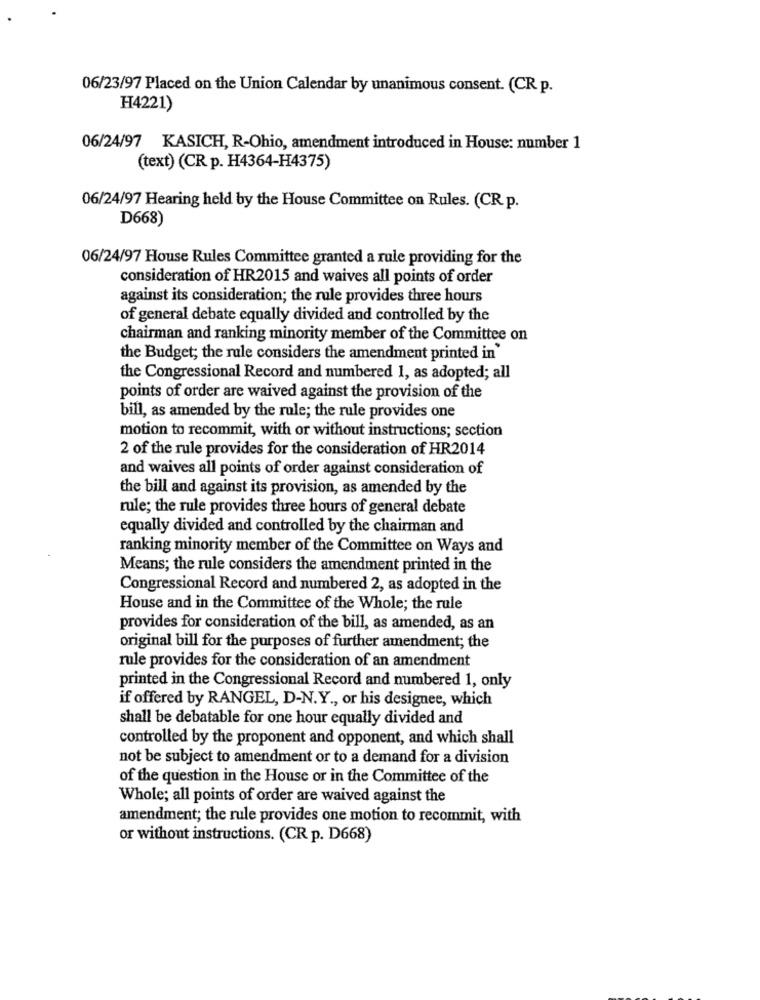
06/23/97 Placed on the Union Calendar by unanimous consent. (CR p.
H4221)
06/24/97 KASICH, R-Ohio, amendment introduced in House: number 1
(text) (CR p. H4364-H4375)
06/24/97 Hearing held by the House Committee on Rules. (CR p.
D668)
06/24/97 House Rules Committee granted a rule providing for the
consideration of HR2015 and waives all points of order
against its consideration; the rule provides three hours
of general debate equally divided and controlled by the
chairman and ranking minority member of the Committee on
the Budget; the rule considers the amendment printed in'
the Congressional Record and numbered 1, as adopted; all
points of order are waived against the provision of the
bill, as amended by the rule; the rule provides one
motion to recommit, with or without instructions; section
2 of the rule provides for the consideration of HR2014
and waives all points of order against consideration of
the bill and against its provision, as amended by the
rule; the rule provides three hours of general debate
equally divided and controlled by the chairman and
ranking minority member of the Committee on Ways and
Means; the rule considers the amendment printed in the
Congressional Record and numbered 2, as adopted in the
House and in the Committee of the Whole; the rule
provides for consideration of the bill, as amended, as an
original bill for the purposes of further amendment; the
rule provides for the consideration of an amendment
printed in the Congressional Record and numbered 1, only
if offered by RANGEL, D-N.Y ., or his designee, which
shall be debatable for one hour equally divided and
controlled by the proponent and opponent, and which shall
not be subject to amendment or to a demand for a division
of the question in the House or in the Committee of the
Whole; all points of order are waived against the
amendment; the rule provides one motion to recommit, with
or without instructions. (CR p. D668)